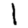
Digit: 1